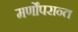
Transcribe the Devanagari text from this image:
मर्णोंपरान्त